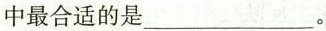
中最合适的是___。